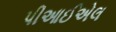
પીઆઈએલ